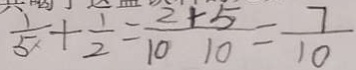
\frac { 1 } { 5 } + \frac { 1 } { 2 } = \frac { 2 + 5 } { 1 0 1 0 } = \frac { 7 } { 1 0 }